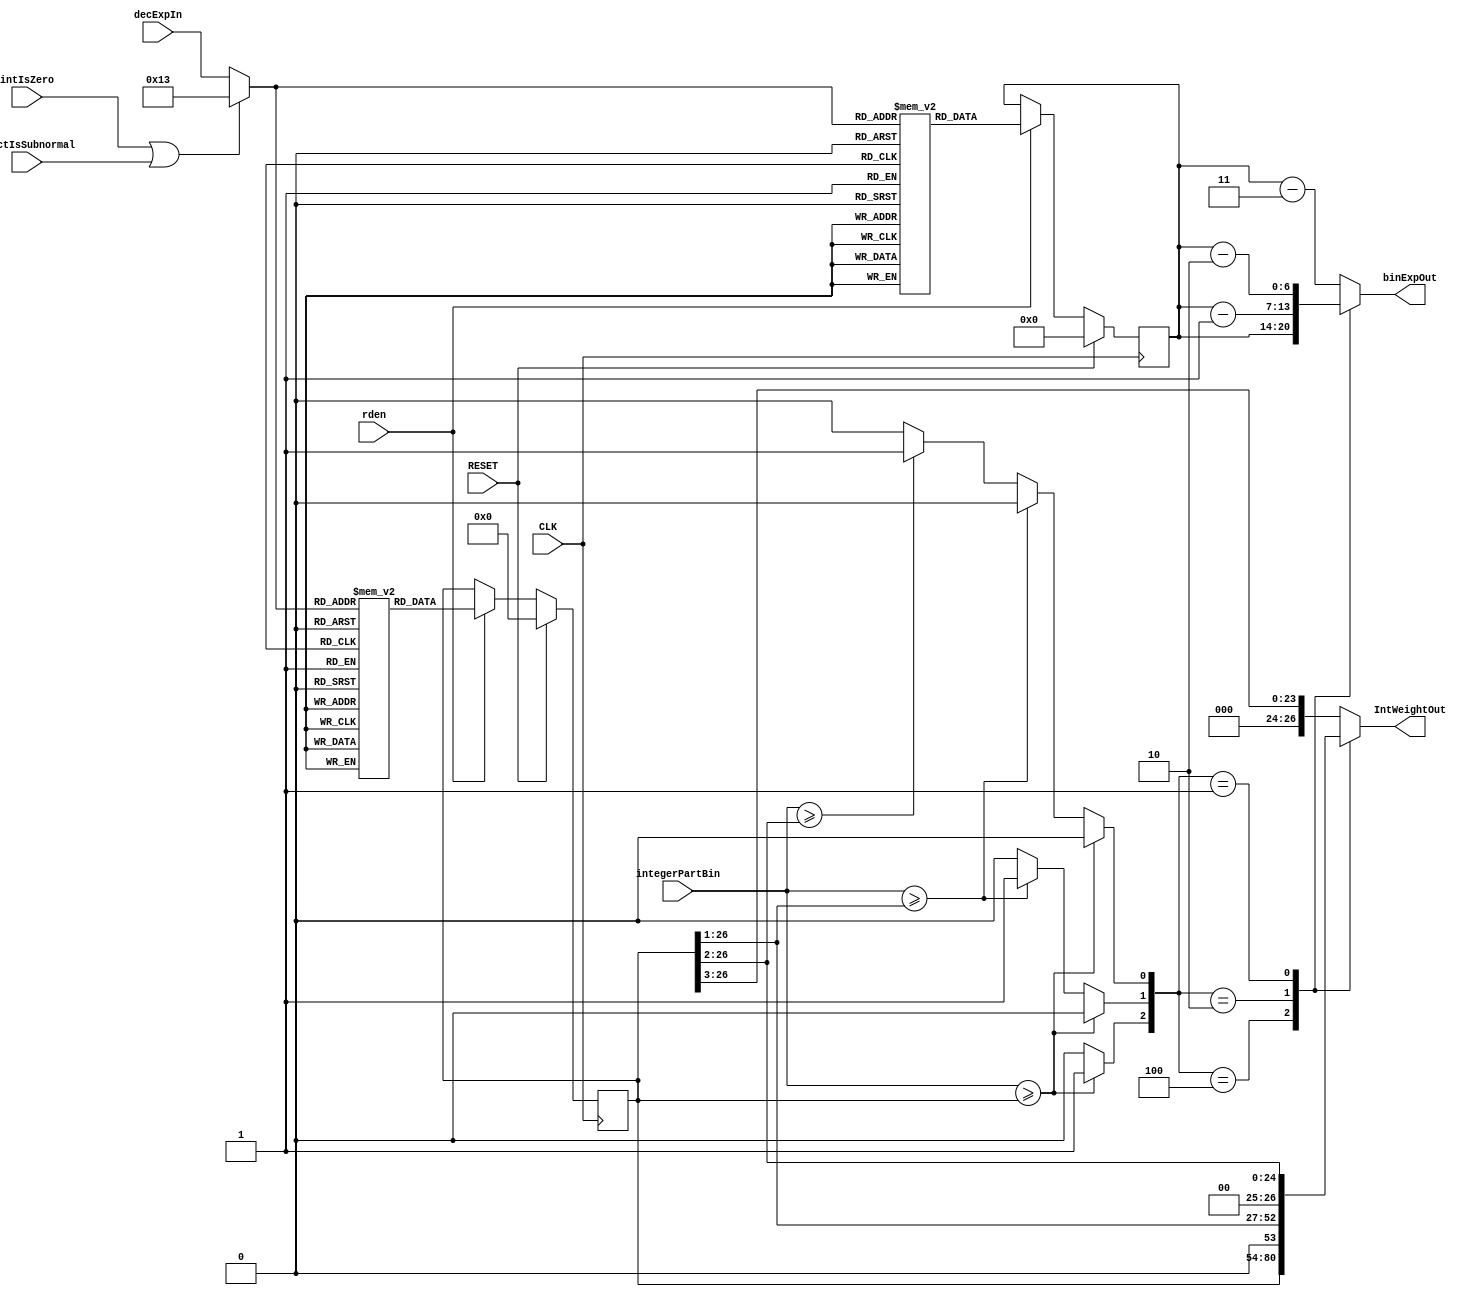
// DecCharToBinROMweightsInt.v
//
// Version:  1.21  November 30, 2019
// Copyright (C) 2019.  All rights reserved.
//
////////////////////////////////////////////////////////////////////////////////////////////////////////////////////////
//                                                                                                                    //
//                                                    Open-Source                                                     //
//                            SYMPL 64-Bit Universal Floating-point ISA Compute Engine and                            //
//                                   Fused Universal Neural Network (FuNN) eNNgine                                    //
//                                    Evaluation and Product Development License                                      //
//                                                                                                                    //
//                                                                                                                    //
// Open-source means:  this source code and this instruction set ("this IP") may be freely downloaded, copied,        //
// modified, distributed and used in accordance with the terms and conditons of the licenses provided herein.         //
//                                                                                                                    //
// Provided that you comply with all the terms and conditions set forth herein, Jerry D. Harthcock ("licensor"),      //
// the original author and exclusive copyright owner of this SYMPL 64-Bit Universal Floating-point ISA Compute Engine //
// and Fused Universal Neural Network (FuNN) eNNgine, including related development software ("this IP"), hereby      //
// grants recipient of this IP ("licensee"), a world-wide, paid-up, non-exclusive license to implement this IP        //
// within the programmable fabric of Xilinx Kintex Ultra and Kintex Ultra+ brand FPGAs--only--and used only for the   //
// purposes of evaluation, education, and development of end products and related development tools.  Furthermore,    //
// limited to the purposes of prototyping, evaluation, characterization and testing of implementations in a hard,     //
// custom or semi-custom ASIC, any university or institution of higher education may have their implementation of     //
// this IP produced for said limited purposes at any foundary of their choosing provided that such prototypes do      //
// not ever wind up in commercial circulation, with this license extending to such foundary and is in connection      //
// with said academic pursuit and under the supervision of said university or institution of higher education.        //
//                                                                                                                    //
// Any copying, distribution, customization, modification, or derivative work of this IP must include an exact copy   //
// of this license and original copyright notice at the very top of each source file and any derived netlist, and,    //
// in the case of binaries, a printed copy of this license and/or a text format copy in a separate file distributed   //
// with said netlists or binary files having the file name, "LICENSE.txt".  You, the licensee, also agree not to      //
// remove any copyright notices from any source file covered or distributed under this Evaluation and Product         //
// Development License.                                                                                               //
//                                                                                                                    //
// LICENSOR DOES NOT WARRANT OR GUARANTEE THAT YOUR USE OF THIS IP WILL NOT INFRINGE THE RIGHTS OF OTHERS OR          //
// THAT IT IS SUITABLE OR FIT FOR ANY PURPOSE AND THAT YOU, THE LICENSEE, AGREE TO HOLD LICENSOR HARMLESS FROM        //
// ANY CLAIM BROUGHT BY YOU OR ANY THIRD PARTY FOR YOUR SUCH USE.                                                     //
//                                                                                                                    //
// Licensor reserves all his rights, including, but in no way limited to, the right to change or modify the terms     //
// and conditions of this Evaluation and Product Development License anytime without notice of any kind to anyone.    //
// By using this IP for any purpose, licensee agrees to all the terms and conditions set forth in this Evaluation     //
// and Product Development License.                                                                                   //
//                                                                                                                    //
// This Evaluation and Product Development License does not include the right to sell products that incorporate       //
// this IP or any IP derived from this IP. If you would like to obtain such a license, please contact Licensor.       //
//                                                                                                                    //
// Licensor can be contacted at:  SYMPL.gpu@gmail.com or Jerry.Harthcock@gmail.com                                    //
//                                                                                                                    //
////////////////////////////////////////////////////////////////////////////////////////////////////////////////////////

 `timescale 1ns/100ps

module DecCharToBinROMweightsInt (
    CLK,
    RESET,
    rden,
    decExpIn,
    intIsZero,
    fractIsSubnormal,    
    integerPartBin,
    IntWeightOut,
    binExpOut
    );    

input  CLK;
input  RESET;
input  rden;
input  [4:0] decExpIn;
input  intIsZero;
input  fractIsSubnormal;
input [26:0] integerPartBin;
output [26:0] IntWeightOut;
output [6:0] binExpOut;


//(* ram_style = "distributed" *) 
//(* rom_style = "block" *) reg  [26:0] RAMA[18:0];
//(* rom_style = "block" *) reg  [6:0] RAMC[18:0];
reg  [26:0] RAMA[19:0];
reg  [6:0] RAMC[19:0];

reg [26:0] IntWeightOut;
reg [6:0] binExpOut;

wire [4:0] decExp;
assign decExp = (intIsZero || fractIsSubnormal) ? 19 : decExpIn;

reg [26:0] IntWeight;
reg [6:0] binExp;

initial begin       
       RAMA[ 19] = 27'D00000000;   //   + 19  NaN
       RAMA[ 18] = 27'D92233720;   //   + 18  [  63]
       RAMA[ 17] = 27'D57646075;   //   + 17  [  59]
       RAMA[ 16] = 27'D72057594;   //   + 16  [  56]
       RAMA[ 15] = 27'D90071992;   //   + 15  [  53]
       RAMA[ 14] = 27'D56294995;   //   + 14  [  49]
       RAMA[ 13] = 27'D70368744;   //   + 13  [  46]
       RAMA[ 12] = 27'D87960930;   //   + 12  [  43]
       RAMA[ 11] = 27'D54975581;   //   + 11  [  39]
       RAMA[ 10] = 27'D68719476;   //   + 10  [  36]
       RAMA[  9] = 27'D85899345;   //   +  9  [  33]
       RAMA[  8] = 27'D53687091;   //   +  8  [  29]
       RAMA[  7] = 27'D67108864;   //   +  7  [  26]
       RAMA[  6] = 27'D08388608;   //   +  6  [  23]
       RAMA[  5] = 27'D00524288;   //   +  5  [  19]
       RAMA[  4] = 27'D00065536;   //   +  4  [  16]
       RAMA[  3] = 27'D00008192;   //   +  3  [  13]
       RAMA[  2] = 27'D00000512;   //   +  2  [   9]
       RAMA[  1] = 27'D00000064;   //   +  1  [   6]
       RAMA[  0] = 27'D00000008;   //   +  0  [   3]
end                                                                      

initial begin
       RAMC[ 19] =         0;   //   + 19  
       RAMC[ 18] =   63 + 63;   //   + 18  [  63]
       RAMC[ 17] =   59 + 63;   //   + 17  [  59]
       RAMC[ 16] =   56 + 63;   //   + 16  [  56]
       RAMC[ 15] =   53 + 63;   //   + 15  [  53]
       RAMC[ 14] =   49 + 63;   //   + 14  [  49]
       RAMC[ 13] =   46 + 63;   //   + 13  [  46]
       RAMC[ 12] =   43 + 63;   //   + 12  [  43]
       RAMC[ 11] =   39 + 63;   //   + 11  [  39]
       RAMC[ 10] =   36 + 63;   //   + 10  [  36]
       RAMC[  9] =   33 + 63;   //   +  9  [  33]
       RAMC[  8] =   29 + 63;   //   +  8  [  29]
       RAMC[  7] =   26 + 63;   //   +  7  [  26]
       RAMC[  6] =   23 + 63;   //   +  6  [  23]
       RAMC[  5] =   19 + 63;   //   +  5  [  19]
       RAMC[  4] =   16 + 63;   //   +  4  [  16]
       RAMC[  3] =   13 + 63;   //   +  3  [  13]
       RAMC[  2] =    9 + 63;   //   +  2  [   9]
       RAMC[  1] =    6 + 63;   //   +  1  [   6]
       RAMC[  0] =    3 + 63;   //   +  0  [   3]
end                                                                      


wire [26:0] IntWeightS1;
wire [26:0] IntWeightS2;
wire [26:0] IntWeightS3;

assign IntWeightS1 = IntWeight >> 1;
assign IntWeightS2 = IntWeight >> 2;
assign IntWeightS3 = IntWeight >> 3;

reg IntWeightLTEtotal;
reg IntWeightS1LTEtotal;
reg IntWeightS2LTEtotal;

always @(*)
    if      (integerPartBin >= IntWeight  ) {IntWeightLTEtotal, IntWeightS1LTEtotal, IntWeightS2LTEtotal} = 3'b100;
    else if (integerPartBin >= IntWeightS1) {IntWeightLTEtotal, IntWeightS1LTEtotal, IntWeightS2LTEtotal} = 3'b010;   
    else if (integerPartBin >= IntWeightS2) {IntWeightLTEtotal, IntWeightS1LTEtotal, IntWeightS2LTEtotal} = 3'b001;   
    else                                    {IntWeightLTEtotal, IntWeightS1LTEtotal, IntWeightS2LTEtotal} = 3'b000;

wire [2:0] shiftSel;
assign shiftSel = {IntWeightLTEtotal, IntWeightS1LTEtotal, IntWeightS2LTEtotal};
 

always @(*) 
    case(shiftSel)
        3'b100 : begin
                    IntWeightOut = IntWeight;
                    binExpOut    = binExp;
                 end
        3'b010 : begin               
                    IntWeightOut = IntWeightS1;
                    binExpOut    = binExp - 1;
                 end
        3'b001 : begin               
                    IntWeightOut = IntWeightS2;
                    binExpOut    = binExp - 2;
                 end                                                                         
       default : begin                                                                       
                    IntWeightOut = IntWeightS3;
                    binExpOut    = binExp - 3;
                 end
    endcase


always @(posedge CLK) begin
    if (RESET) IntWeight <= 0;
    else if (rden) IntWeight <= RAMA[decExp[4:0]];   
end

always @(posedge CLK) begin
    if (RESET) binExp <= 0;
    else if (rden) binExp <= RAMC[decExp[4:0]];   
end

endmodule